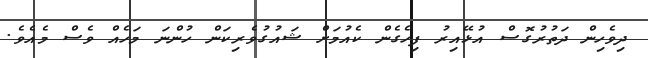
ދިވެހިން ދަތުރުގޮސް އުޅޭއިރު ފިހެގެން ކެއުމަށް ޝައުގުވެރިކަން ހުންނަ މަހެއް ވެސް މެއެވެ.